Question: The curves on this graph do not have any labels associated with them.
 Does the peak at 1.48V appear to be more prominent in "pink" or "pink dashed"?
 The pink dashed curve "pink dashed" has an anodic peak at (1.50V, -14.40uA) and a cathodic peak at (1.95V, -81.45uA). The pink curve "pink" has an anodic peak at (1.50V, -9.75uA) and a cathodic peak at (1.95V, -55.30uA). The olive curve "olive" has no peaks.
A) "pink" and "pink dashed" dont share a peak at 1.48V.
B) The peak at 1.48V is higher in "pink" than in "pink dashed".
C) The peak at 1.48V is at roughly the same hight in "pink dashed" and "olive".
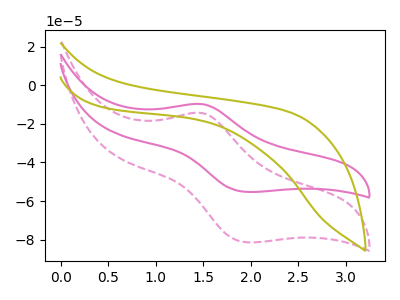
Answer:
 <answer>B) The peak at 1.48V is higher in "pink" than in "pink dashed".</answer>
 <eval>B</eval>